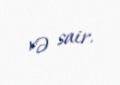
və sair.